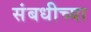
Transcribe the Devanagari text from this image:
संबधीच्या